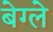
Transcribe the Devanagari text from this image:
बेग्ले